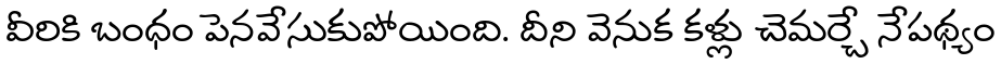
వీరికి బంధం పెనవేసుకుపోయింది. దీని వెనుక కళ్లు చెమర్చే నేపథ్యం